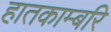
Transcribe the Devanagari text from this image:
हातकाम्बरि